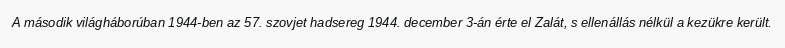
A második világháborúban 1944-ben az 57. szovjet hadsereg 1944. december 3-án érte el Zalát, s ellenállás nélkül a kezükre került.